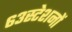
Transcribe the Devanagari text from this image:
६३स्टेशनों